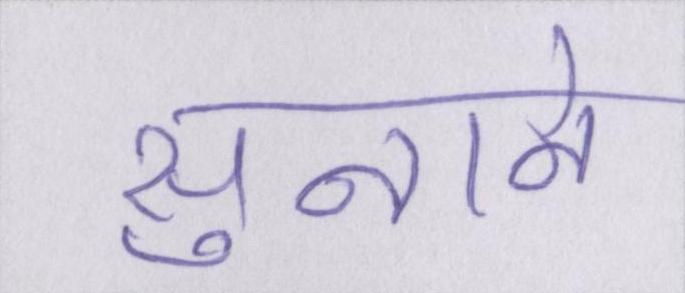
सुनाने